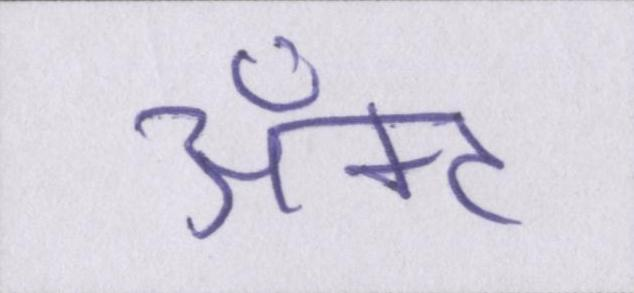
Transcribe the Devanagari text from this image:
ॲक्ट